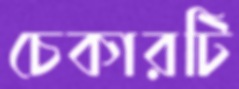
চেকারটি